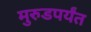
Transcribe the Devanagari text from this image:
मुरुडपर्यंत